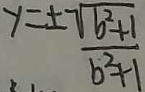
y = \pm \frac { \sqrt { b ^ { 2 } + 1 } } { b ^ { 2 } + 1 }